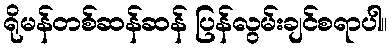
ရိုမန်တစ်ဆန်ဆန် ပြန်လွမ်းချင်စရာပါ။